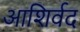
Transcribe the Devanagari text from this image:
आशिर्वद